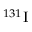
^ { 1 3 1 } \mathrm { I }